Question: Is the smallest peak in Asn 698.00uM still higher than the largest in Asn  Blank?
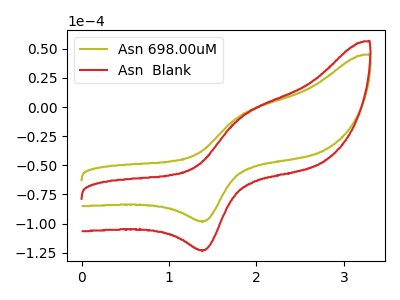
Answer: <think>The olive curve "Asn 698.00uM" has an anodic peak at (1.85V, -6.80uA) and a cathodic peak at (1.40V, -97.95uA). The red curve "Asn  Blank" has an anodic peak at (1.85V, -8.50uA) and a cathodic peak at (1.40V, -122.75uA).</think>
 <answer>The peaks in "Asn 698.00uM" are neither all higher or all lower than the peaks in "Asn  Blank".</answer>
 <eval>mixed</eval>